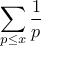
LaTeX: \sum _ { p \leq x } { \frac { 1 } { p } }